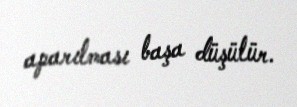
aparılması başa düşülür.